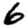
Digit: 6